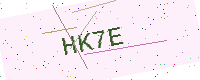
Text: HK7E